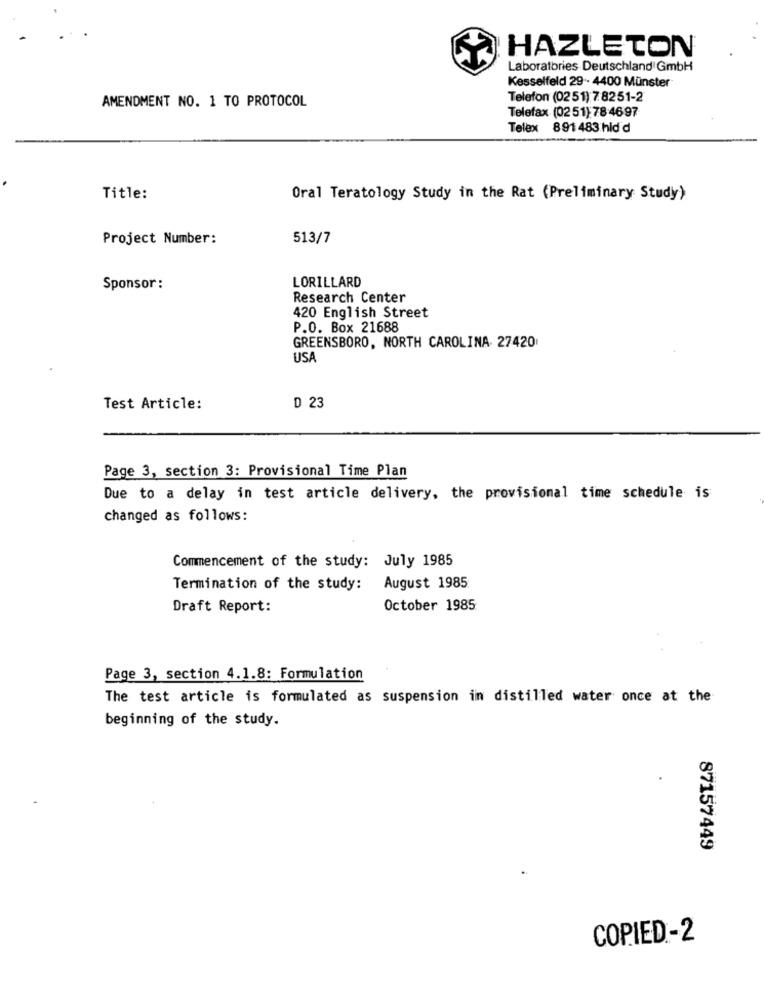
HAZLETON
Laboratories Deutschland GmbH
Kesselfeld 29 .. 4400 Münster
AMENDMENT NO. 1 TO PROTOCOL
Telefon (0251) 7 8251-2
Telefax (0251) 78 4697
Telex 891 483 hld d
Title:
Oral Teratology Study in the Rat (Preliminary Study)
Project Number:
513/7
LORILLARD
Sponsor :
Research Center
420 English Street
P.O. Box 21688
GREENSBORO, NORTH CAROLINA. 27420
USA
Test Article:
D 23
Page 3, section 3: Provisional Time Plan
Due to a delay in test article delivery, the provisional time schedule is
changed as follows:
Commencement of the study: July 1985
Termination of the study:
August 1985
Draft Report:
October 1985
Page 3, section 4.1.8: Formulation
The test article is formulated as suspension in distilled water once at the
beginning of the study.
87157449
COPIED-2